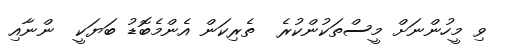
ވި މީހުންނަށް މީސްތަކުންކުރެ  ތެރިކަން އެންމެބޮޑު ބަޔަކީ  ންނާއި